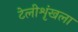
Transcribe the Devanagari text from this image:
टेलीशृंखला